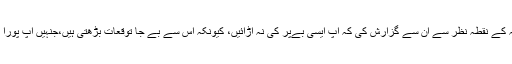
میں نے رائے عامہ کے نقطہ نظر سے ان سے گزارش کی کہ آپ ایسی بےپَر کی نہ اڑائیں، کیونکہ اس سے بے جا توقعات بڑھتی ہیں،جنہیں آپ پورا نہیں کر سکیں گے۔